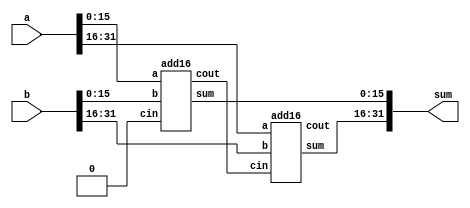
module top_module(
    input [31:0] a,
    input [31:0] b,
    output [31:0] sum
);
    wire carry;
    add16 inst0(
        .a(a[15:0]),
        .b(b[15:0]),
        .cin(1'b0),
        .sum(sum[15:0]),
        .cout(carry)
    );
    add16 inst1(
        .a(a[31:16]),
        .b(b[31:16]),
        .cin(carry),
        .sum(sum[31:16]),
        .cout()
    );

endmodule

module add16 ( input[15:0] a, input[15:0] b, input cin, output[15:0] sum, output cout );
endmodule